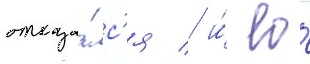
отказа́лс'я / и́ ео́